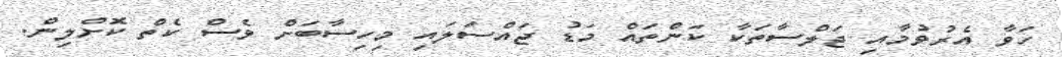
ހަވާ އެރުވުމާއި ޖަލްސާތަކާ ކަންތައް މަޑު ޖައްސަލައި މިހިސާބަށް ވެސް ކެތް ކޮށްލިން.